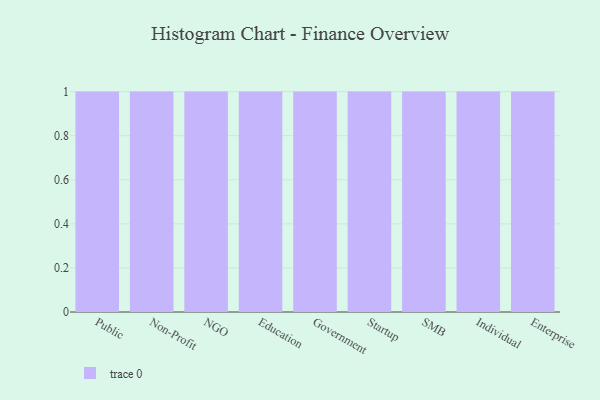
{"axis": {"x": "Segment", "y": "Operating Costs (USD K)"}, "legend": [""], "data": [{"x": "Public", "y": 12, "type": ""}, {"x": "Non-Profit", "y": 31, "type": ""}, {"x": "NGO", "y": 62, "type": ""}, {"x": "Education", "y": 35, "type": ""}, {"x": "Government", "y": 43, "type": ""}, {"x": "Startup", "y": 39, "type": ""}, {"x": "SMB", "y": 38, "type": ""}, {"x": "Individual", "y": 79, "type": ""}, {"x": "Enterprise", "y": 98, "type": ""}]}